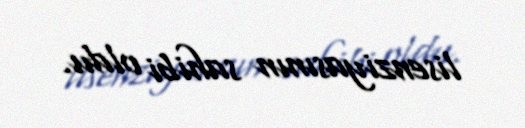
lisenziyasının sahibi oldu.